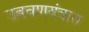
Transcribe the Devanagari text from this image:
उबवणयंत्रात